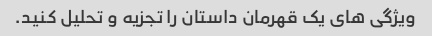
ویژگی های یک قهرمان داستان را تجزیه و تحلیل کنید.